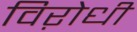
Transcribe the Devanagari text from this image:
विऱोधी